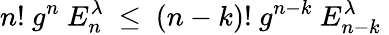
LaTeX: n!~g^{n}~E_{n}^{\lambda}~\le~(n-k)!~g^{n-k}~E_{n-k}^{\lambda}~